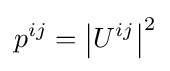
p^{ij}=\left|U^{ij}\right|^{2}